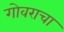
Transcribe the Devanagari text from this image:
गोवराचा